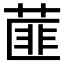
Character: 𦷁